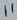
Text: 11